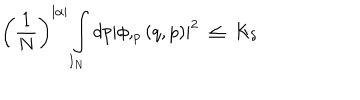
\left( \frac 1 N \right) ^ { | \alpha | } \int _ { I _ { N } } d p \left| \phi , _ { p } \left( q , p \right) \right| ^ { 2 } \; \leq \; K _ { \delta }